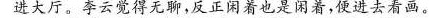
进大厅。李云觉得无聊，反正闲着也是闲着，便进去看画。